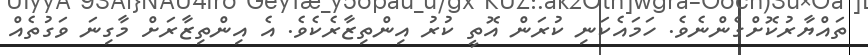
ތައްޔާރުކޮށްގެންނެވެ. ހަމައެކަނި ކުރަން އޮތީ ކުރު އިންތިޒާރެކެވެ. އެ އިންތިޒާރަށް މާގިނަ ވަގުތެއް